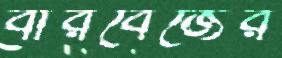
বারবেজের